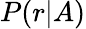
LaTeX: P(r|A)